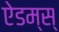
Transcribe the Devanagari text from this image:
ऐडम्स्‌